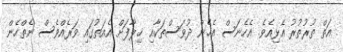
އަތް ތުރުތުރު އެޅިއެވެ. އެހެނަސް އެހެން ދުވަސްތަކާއި ޚިލާފަށް އެއަތުގައި ވަރެއްވެސް ނެތްހެން